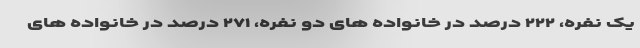
یک نفره، ۲۲۲ درصد در خانواده های دو نفره، ۲۷۱ درصد در خانواده های